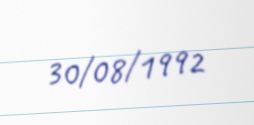
30/08/1992